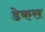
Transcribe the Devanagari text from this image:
डेकस